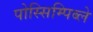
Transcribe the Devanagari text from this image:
पोस्सिम्पिब्ले